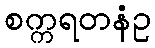
စက္ကရတနံဥ